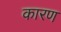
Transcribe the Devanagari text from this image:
कारण